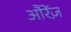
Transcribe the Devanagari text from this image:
औरेंज़